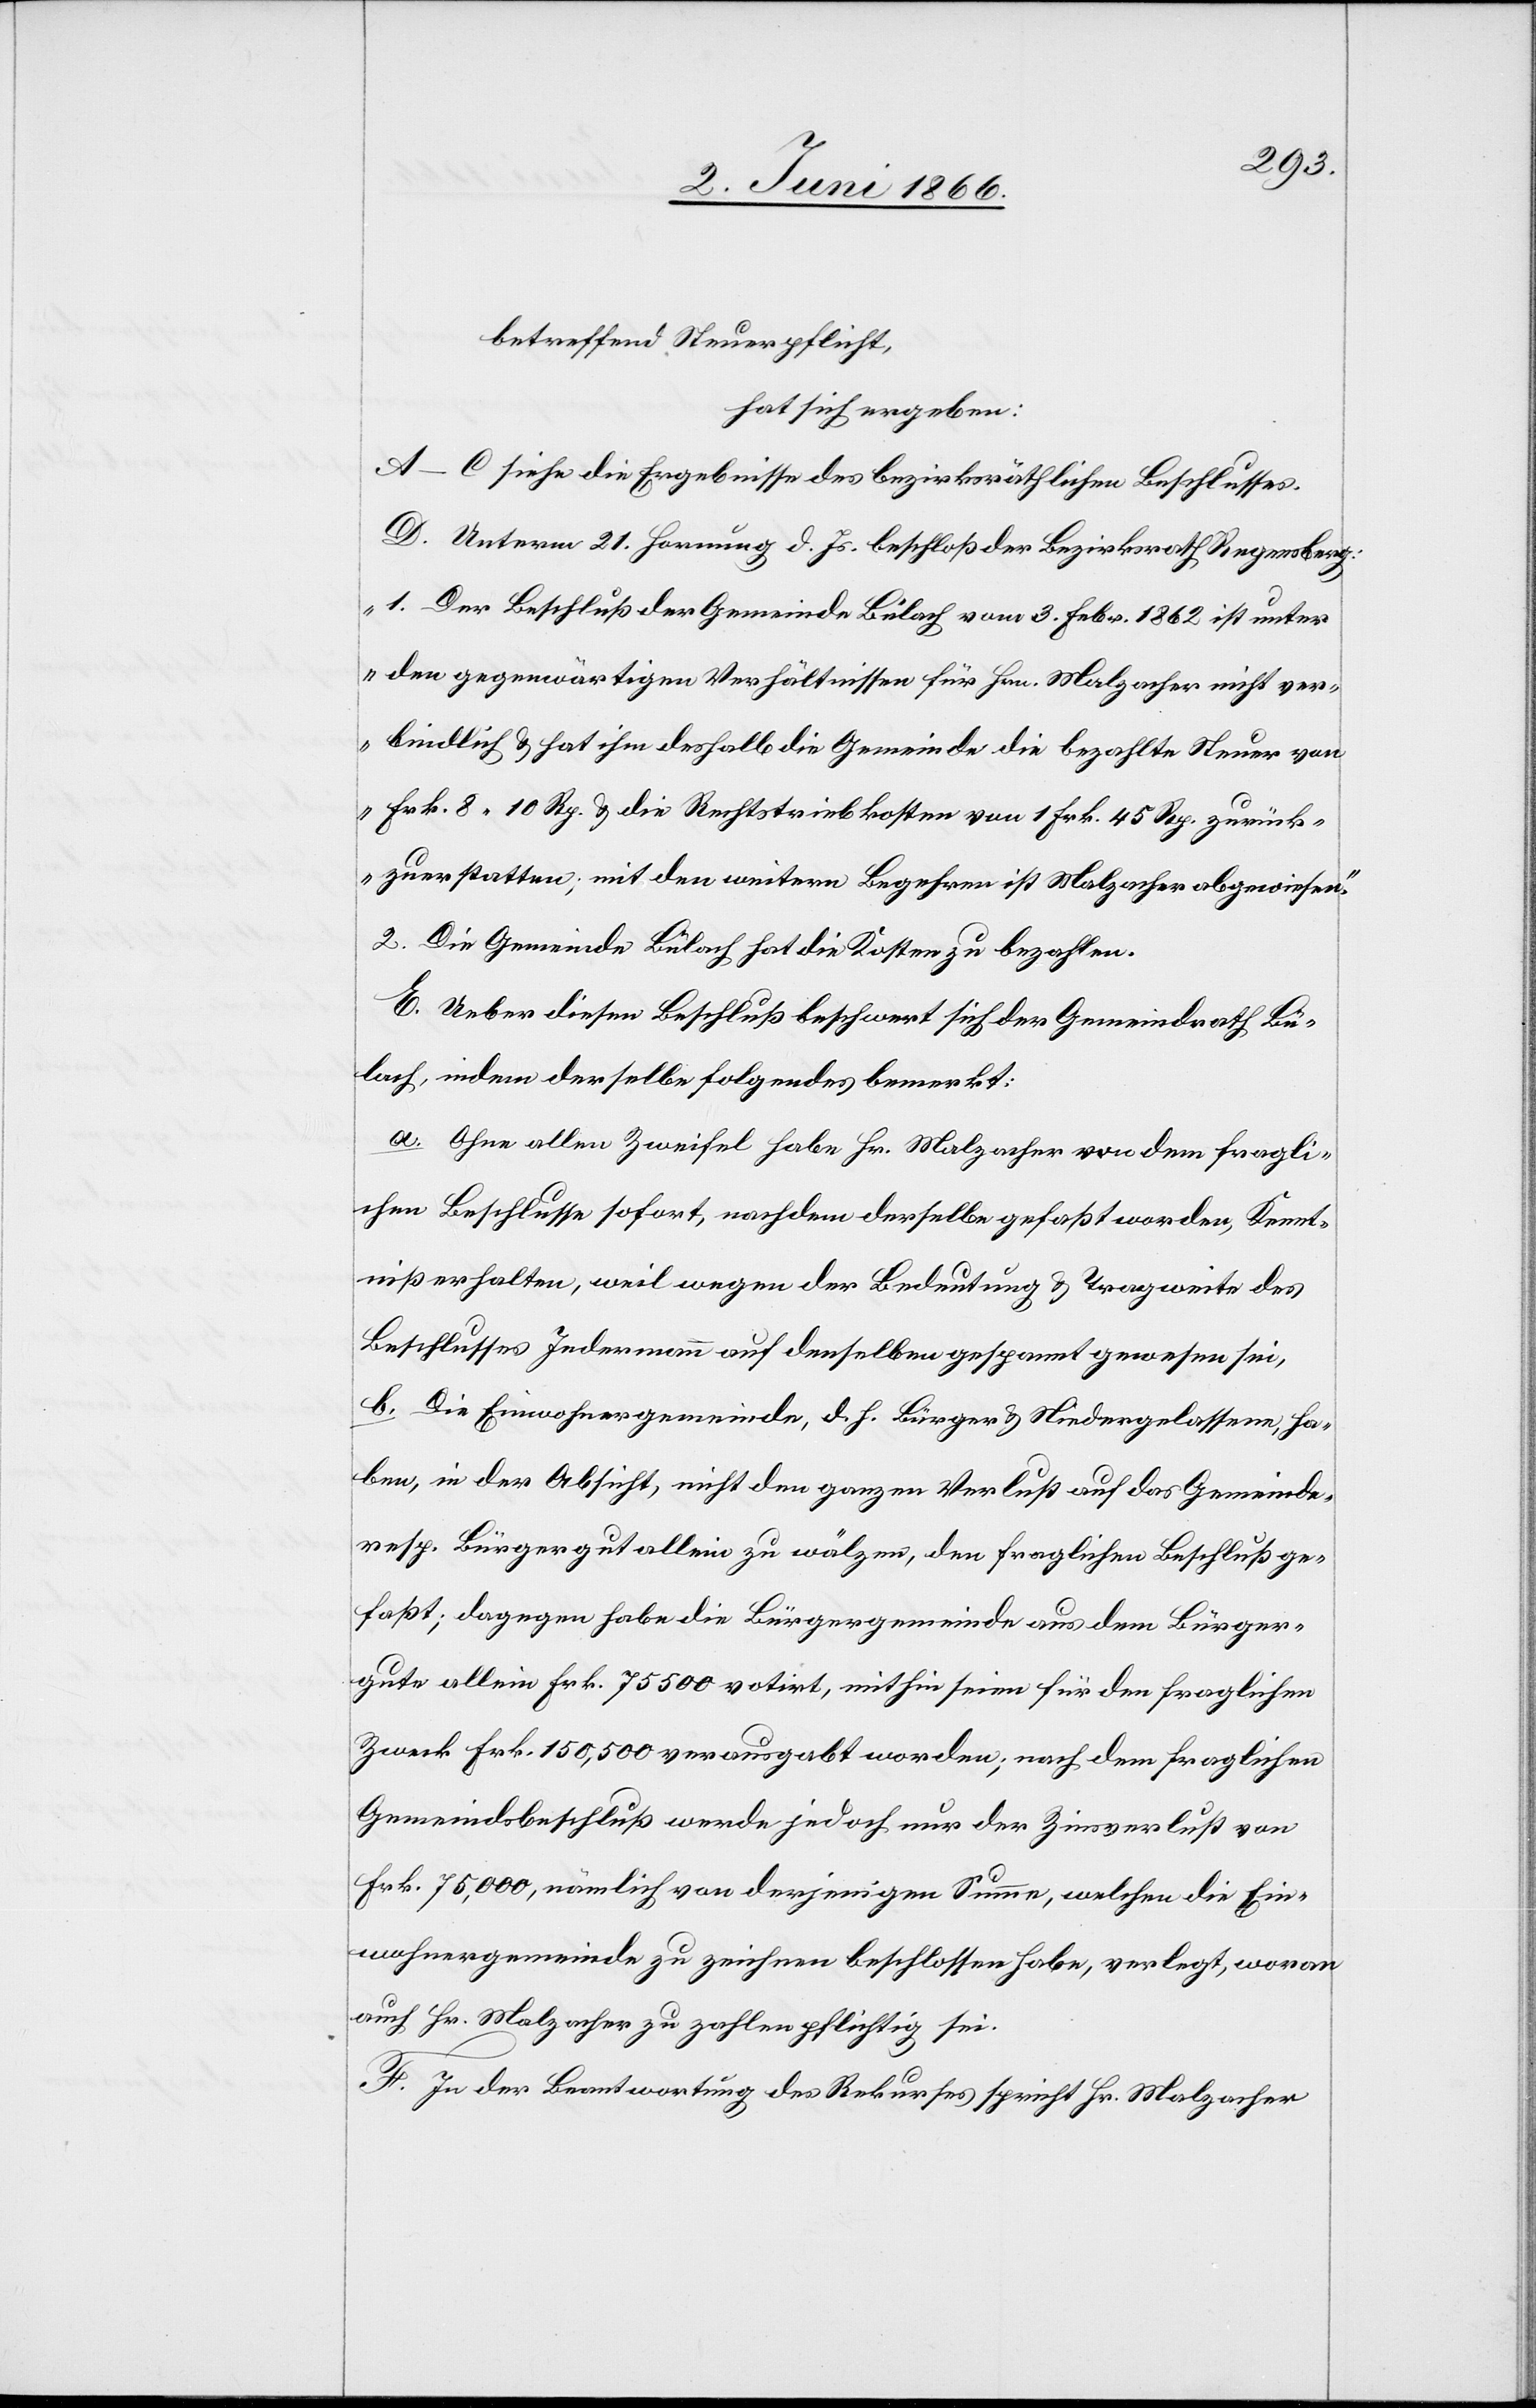
betreffend Steuerpflicht,
hat sich ergeben:
A–C siehe die Ergebnisse des bezirksräthlichen Beschlusses.
D. Unterm 21. Hornung d. Js. beschloß der Bezirksrath Regensberg:
„1. Der Beschluß der Gemeinde Bülach vom 3. Febr. 1862 ist unter
den gegenwärtigen Verhältnissen für Hrn. Malzacher nicht ver¬
bindlich u. hat ihm deshalb die Gemeinde die bezahlte Steuer von
Frk. 8.10 Rp. u. die Rechtstriebkosten von 1 Frk. 45 Rp. zurück¬
zuerstatten; mit den weitern Begehren ist Malzacher abgewiesen.“
2. Die Gemeinde Bülach hat die Kosten zu bezahlen.[“]
E. Ueber diesen Beschluß beschwert sich der Gemeindrath Bü¬
lach, indem derselbe folgendes bemerkt:
a. Ohne allen Zweifel habe Hr. Malzacher von dem fragli¬
chen Beschlusse sofort, nachdem derselbe gefaßt worden, Kennt¬
niß erhalten, weil wegen der Bedeutung u. Tragweite des
Beschlusses Jedermann auf denselben gespannt gewesen sei.
b. Die Einwohnergemeinde, d. h. Bürger u. Niedergelassene, ha¬
ben, in der Absicht, nicht den ganzen Verlust auf das Gemeinde
resp. Bürgergut allein zu wälzen, den fraglichen Beschluß ge¬
faßt; dagegen habe die Bürgergemeinde aus dem Bürger¬
gute allein Frk. 75 500 votirt, mithin seien für den fraglichen
Zweck Frk. 150 500 verausgabt worden; nach dem fraglichen
Gemeindbeschluß werde jedoch nur der Zinsverlust von
Frk. 75 000, nämlich von derjenigen Summe, welchen die Ein¬
wohnergemeinde zu zeichnen beschlossen habe, verlegt, woran
auch Hr. Malzacher zu zahlen pflichtig sei.
F. In der Beantwortung des Rekurses spricht Hr. Malzacher